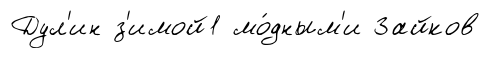
Дул'ин з'имой1 мо́дным'и Зайков